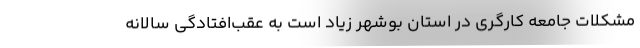
مشکلات جامعه کارگری در استان بوشهر زیاد است به عقب‌افتادگی سالانه